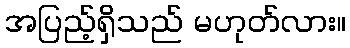
အပြည့်ရှိသည် မဟုတ်လား။